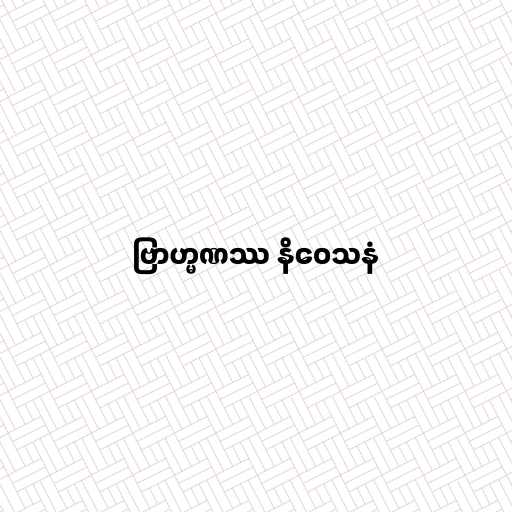
ဗြာဟ္မဏဿ နိဝေသနံ